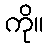
ကို။